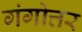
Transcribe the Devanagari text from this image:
गंगोत्तर